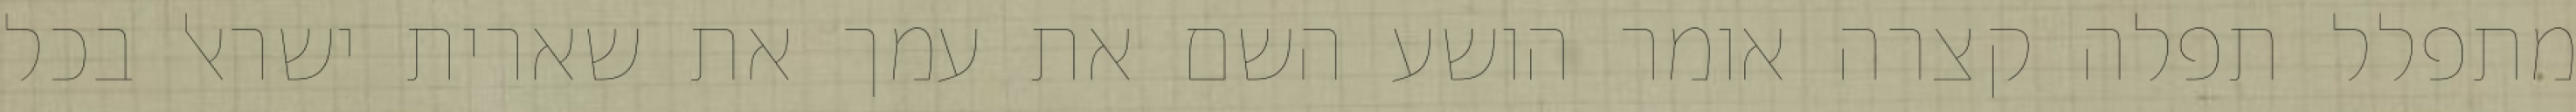
מתפלל תפלה קצרה אומר הושע השם את עמך את שארית ישראל בכל